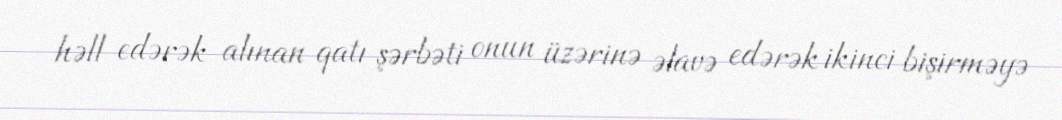
həll edərək alınan qatı şərbəti onun üzərinə əlavə edərək ikinci bişirməyə